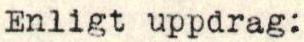
Enligt uppdrag: